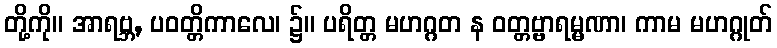
တို့ကို။ အာရဗ္ဘ, ပဝတ္တိကာလေ၊ ၌။ ပရိတ္တ မဟဂ္ဂတ န ဝတ္တဗ္ဗာရမ္မဏာ၊ ကာမ မဟဂ္ဂုတ်